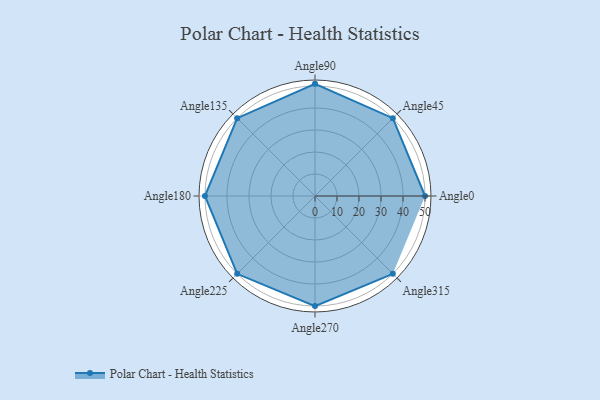
{"axis": {"x": "Angle", "y": "Radius"}, "legend": [""], "data": [{"x": "Angle0", "y": 50, "type": ""}, {"x": "Angle45", "y": 50, "type": ""}, {"x": "Angle90", "y": 51.0, "type": ""}, {"x": "Angle135", "y": 50, "type": ""}, {"x": "Angle180", "y": 50.0, "type": ""}, {"x": "Angle225", "y": 50, "type": ""}, {"x": "Angle270", "y": 50, "type": ""}, {"x": "Angle315", "y": 50, "type": ""}]}